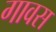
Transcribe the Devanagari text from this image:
गावस